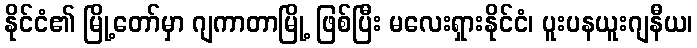
နိုင်ငံ၏ မြို့တော်မှာ ဂျကာတာမြို့ ဖြစ်ပြီး မလေးရှားနိုင်ငံ၊ ပူးပနယူးဂျနီယ၊